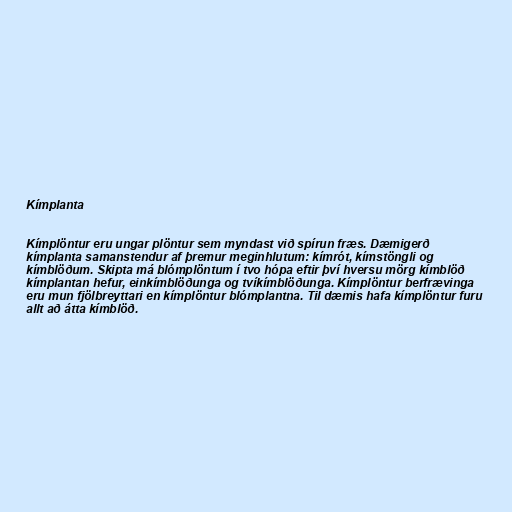
Kímplanta

Kímplöntur eru ungar plöntur sem myndast við spírun fræs. Dæmigerð
kímplanta samanstendur af þremur meginhlutum: kímrót, kímstöngli og
kímblöðum. Skipta má blómplöntum í tvo hópa eftir því hversu mörg kímblöð
kímplantan hefur, einkímblöðunga og tvíkímblöðunga. Kímplöntur berfrævinga
eru mun fjölbreyttari en kímplöntur blómplantna. Til dæmis hafa kímplöntur furu
allt að átta kímblöð.